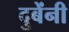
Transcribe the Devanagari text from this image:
दुबेंनी